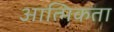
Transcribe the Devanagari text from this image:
आत्मिकता